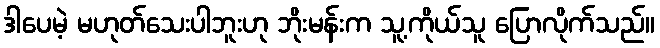
ဒါပေမဲ့ မဟုတ်သေးပါဘူးဟု ဘိုးမန်းက သူ့ကိုယ်သူ ပြောလိုက်သည်။